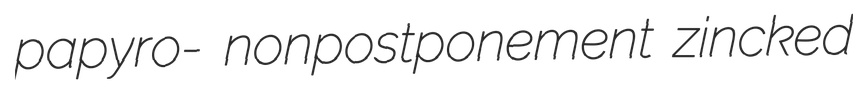
papyro- nonpostponement zincked